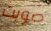
صوبت